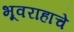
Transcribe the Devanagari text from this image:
भूवराहाचे